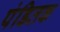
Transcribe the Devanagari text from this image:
पंडितक